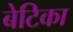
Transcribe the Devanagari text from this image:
बेटिका